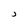
Character: J